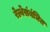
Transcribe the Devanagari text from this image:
रेल्वेसंबंधित